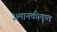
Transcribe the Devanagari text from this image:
३।मानकीकृत